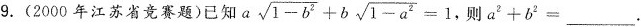
9.(2000年江苏省竞赛题)已知$$a \sqrt{1-b^{2}}+b \sqrt{1-a^{2}}=1$$， 则$$a^{2}+b^{2}=___$$.